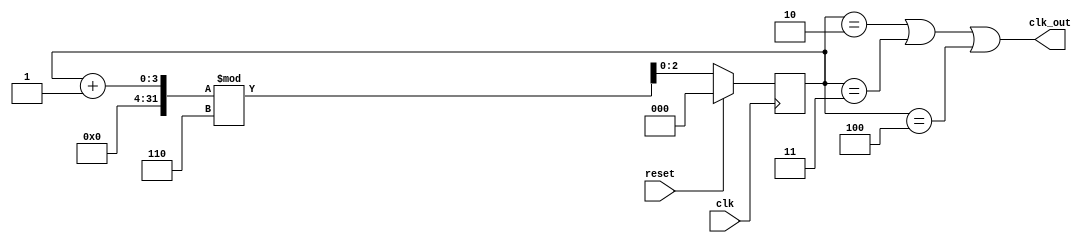
`timescale 1ns/1ps

module divide_6(clk, reset, clk_out);

input clk, reset;
output clk_out;
reg [2:0] count;

always @ (posedge clk)begin 
if(reset)
    count = 1'b 0;
else
    count  = (count + 1) % 6;
end
assign clk_out = (count == 2) || (count == 3) || (count == 4);
endmodule